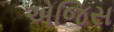
એજિસ